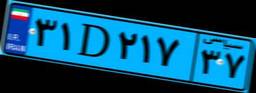
۳۱D۲۱۷۳۷